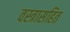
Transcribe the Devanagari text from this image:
वस्त्रासहित